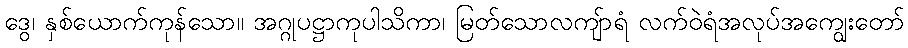
ဒွေ၊ နှစ်ယောက်ကုန်သော။ အဂ္ဂုပဋ္ဌာကုပါသိကာ၊ မြတ်သောလကျ်ာရံ လက်ဝဲရံအလုပ်အကျွေးတော်